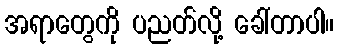
အရာတွေကို ပညတ်လို့ ခေါ်တာပါ။